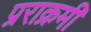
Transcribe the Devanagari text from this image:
प्रराक्रमी